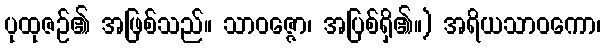
ပုထုဇဉ်၏ အဖြစ်သည်။ သာဝဇ္ဇော၊ အပြစ်ရှိ၏။) အရိယသာဝကော၊